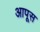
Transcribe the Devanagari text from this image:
आपूस